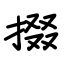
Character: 掇